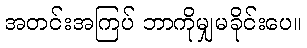
အတင်းအကြပ် ဘာကိုမျှမခိုင်းပေ။